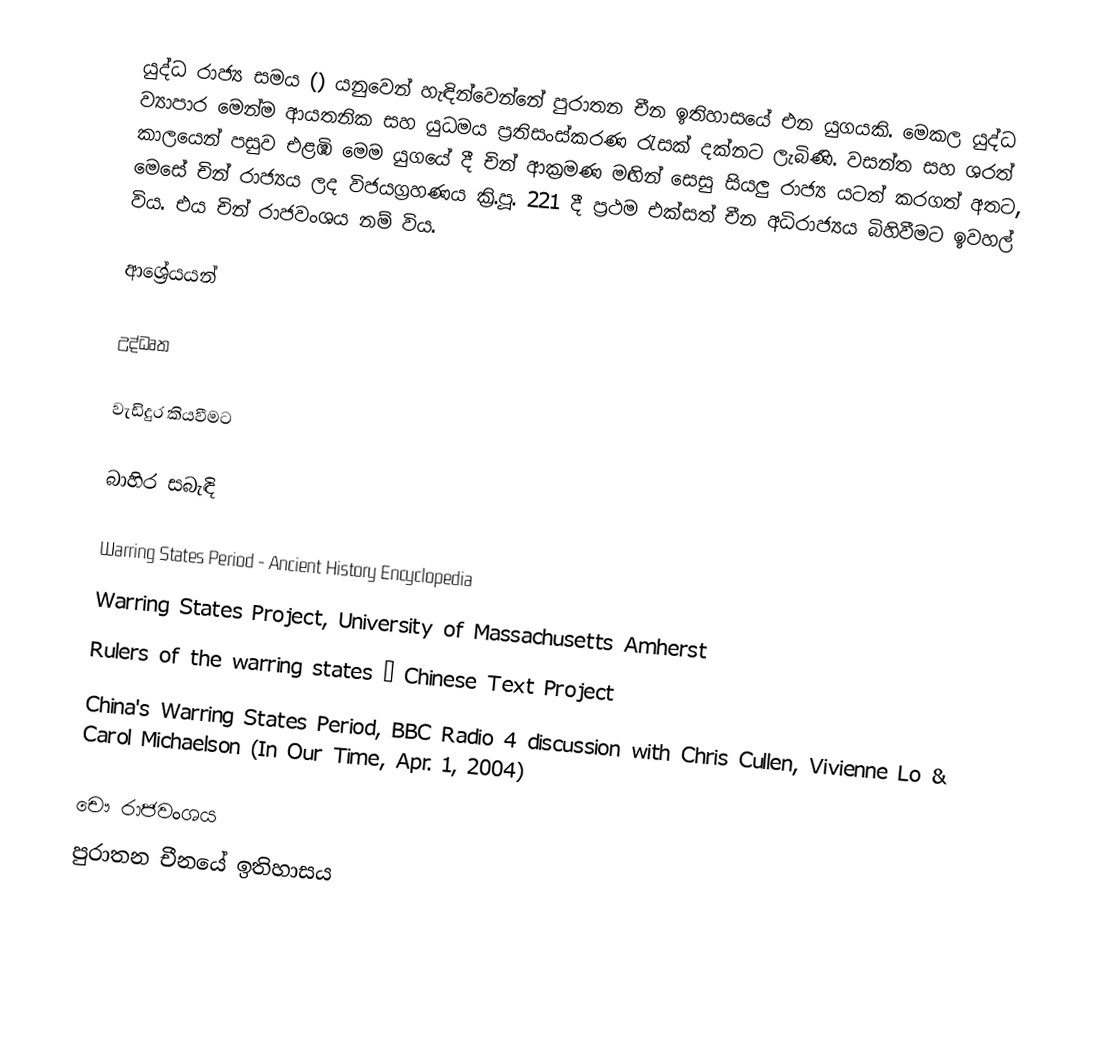
යුද්ධ රාජ්‍ය සමය () යනුවෙන් හැඳින්වෙන්නේ පුරාතන චීන ඉතිහාසයේ එන යුගයකි. මෙකල යුද්ධ ව්‍යාපාර මෙන්ම ආයතනික සහ යුධමය ප්‍රතිසංස්කරණ රැසක් දක්නට ලැබිණි. වසන්ත සහ ශරත් කාලයෙන් පසුව එළඹි මෙම යුගයේ දී චින් ආක්‍රමණ මඟින් සෙසු සියලු රාජ්‍ය යටත් කරගත් අතට, මෙසේ චින් රාජ්‍යය ලද විජයග්‍රහණය ක්‍රි.පූ. 221 දී ප්‍රථම එක්සත් චීන අධිරාජ්‍යය බිහිවීමට ඉවහල් විය. එය චින් ‍රාජවංශය නම් විය.

ආශ්‍රේයයන්

උද්ධෘත

වැඩිදුර කියවීමට

බාහිර සබැඳි

Warring States Period - Ancient History Encyclopedia
Warring States Project, University of Massachusetts Amherst
Rulers of the warring states – Chinese Text Project
 China's Warring States Period, BBC Radio 4 discussion with Chris Cullen, Vivienne Lo & Carol Michaelson (In Our Time, Apr. 1, 2004)

චෞ රාජවංශය
පුරාතන චීනයේ ඉතිහාසය